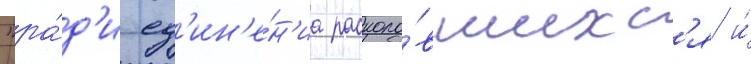
"ра́д'и ед'ин'е́н'иа расколо́вшихс'я и́